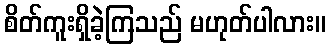
စိတ်ကူးရှိခဲ့ကြသည် မဟုတ်ပါလား။